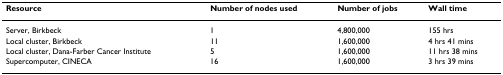
| Resource | Number of nodes used | Number of jobs | Wall time |
 | --- | --- | --- | --- |
 | Server, Birkbeck | 1 | 4,800,000 | 155 hrs |
 | Local cluster, Birkbeck | 11 | 1,600,000 | 4 hrs 41 mins |
 | Local cluster, Dana-Farber Cancer Institute | 5 | 1,600,000 | 11 hrs 38 mins |
 | Supercomputer, CINECA | 16 | 1,600,000 | 3 hrs 39 mins |